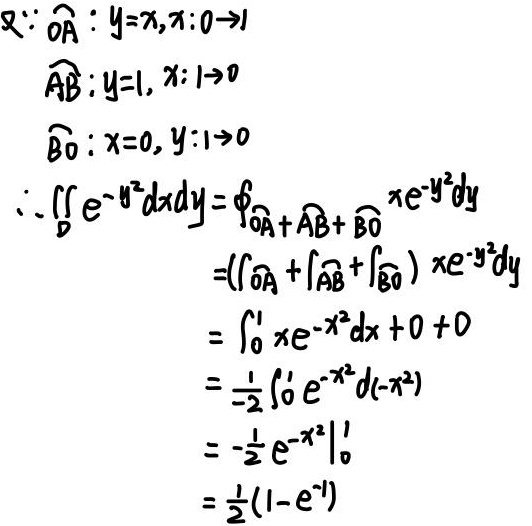
\[
\begin{align*}
&\text{又}\because\overset{\frown}{OA}:y = x,x:0\to1\\
&\overset{\frown}{AB}:y = 1,x:1\to0\\
&\overset{\frown}{BO}:x = 0,y:1\to0\\
&\therefore\iint_{D}e^{-y^{2}}dxdy=\oint_{\overset{\frown}{OA}+\overset{\frown}{AB}+\overset{\frown}{BO}}xe^{-y^{2}}dy\\
&=(\int_{\overset{\frown}{OA}}+\int_{\overset{\frown}{AB}}+\int_{\overset{\frown}{BO}})xe^{-y^{2}}dy\\
&=\int_{0}^{1}xe^{-x^{2}}dx + 0+0\\
&=-\frac{1}{2}\int_{0}^{1}e^{-x^{2}}d(-x^{2})\\
&=-\frac{1}{2}e^{-x^{2}}\big|_{0}^{1}\\
&=\frac{1}{2}(1 - e^{-1})
\end{align*}
\]